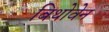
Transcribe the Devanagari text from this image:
बिथोवेन